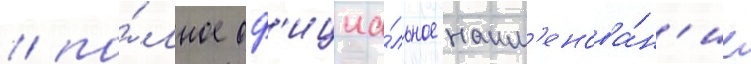
/ по́лное оф'ициа́льное наим'енова́н'ие